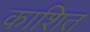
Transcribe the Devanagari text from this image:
काशित